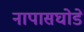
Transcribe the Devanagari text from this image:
नापासघोडे